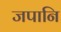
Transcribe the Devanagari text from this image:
जपानि